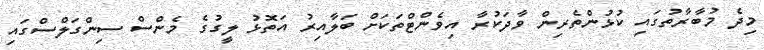
މިދެ މުބާރާތުގައި ކުޅުންތެރިން ވާދަކުރާ އިވެންޓްތަކަށް ބަލާއިރު އަތޮޅު ލީގުގެ މެންސް ސިންގަލްސްގައި